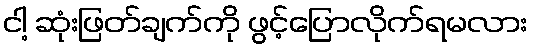
ငါ့ ဆုံးဖြတ်ချက်ကို ဖွင့်ပြောလိုက်ရမလား